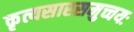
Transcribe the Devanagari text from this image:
कृत्यसारसमुच्चयः